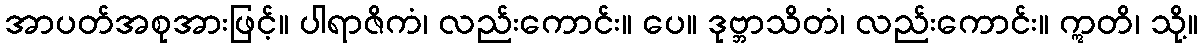
အာပတ်အစုအားဖြင့်။ ပါရာဇိကံ၊ လည်းကောင်း။ ပေ။ ဒုဗ္ဘာသိတံ၊ လည်းကောင်း။ ဣတိ၊ သို့။